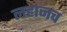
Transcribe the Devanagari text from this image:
लहानच